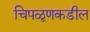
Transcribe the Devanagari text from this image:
चिपळूणकडील